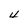
Character: 4